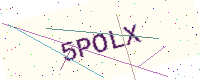
Text: 5POLX